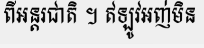
ពីអន្តរជាតិ ។ ឥឡូវអញ់មិន